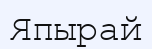
Япырай